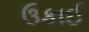
ઉકાઈ